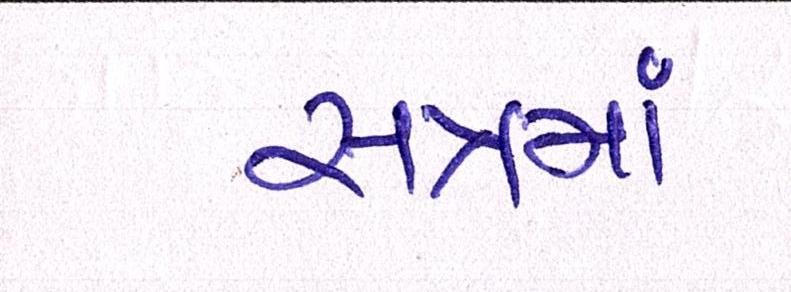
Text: સત્રમાં